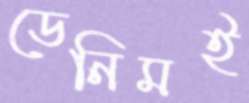
ডেনিমই